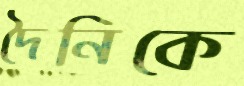
দৈনিকে